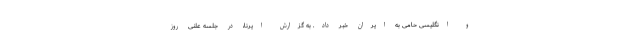
و انگلیسی حامی به ایران خبر داد. به گزارش ایرنا، در جلسه علنی روز